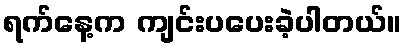
ရက်နေ့က ကျင်းပပေးခဲ့ပါတယ်။